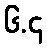
၆.၄